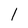
Character: l